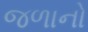
જળાનો